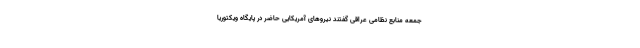
جمعه منابع نظامی عراقی گفتند نیروهای آمریکایی حاضر در پایگاه ویکتوریا